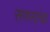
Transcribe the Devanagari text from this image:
सणसांचा